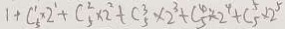
1 + C ^ { 1 } _ { 5 } \times 2 ^ { 1 } + C ^ { 2 } _ { 5 } \times 2 ^ { 2 } + C ^ { 3 } _ { 5 } \times 2 ^ { 3 } + C ^ { 4 } _ { 5 } \times 2 ^ { 4 } + C ^ { 5 } _ { 5 } \times 2 ^ { 5 }